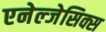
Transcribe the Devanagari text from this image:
एनेल्जेसिक्स